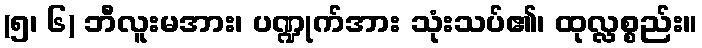
(၅၊ ၆) ဘီလူးမအား၊ ပဏ္ဍုက်အား သုံးသပ်၏၊ ထုလ္လစ္စည်း။